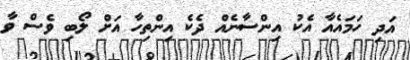
އަދި ހަމައެއާ އެކު އިންސާނެއް ދެކެ އިންތިހާ އަށް ލޯބި ވެސް ވާ